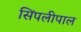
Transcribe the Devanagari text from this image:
सिंपलीपाल